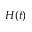
H ( t )